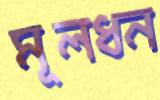
মূলধন